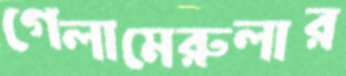
গেলামেরুলার